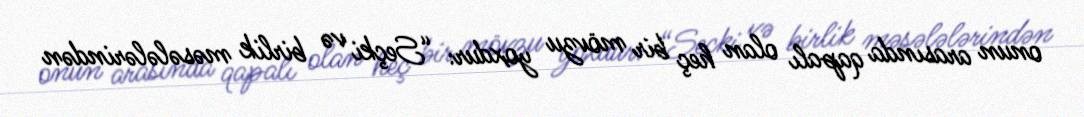
onun arasında qapalı olan heç bir mövzu yoxdur: “Seçki və birlik məsələlərindən